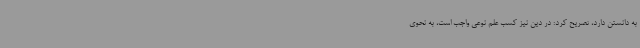
به دانستن دارد، تصریح کرد: در دین نیز کسب علم نوعی واجب است، به نحوی